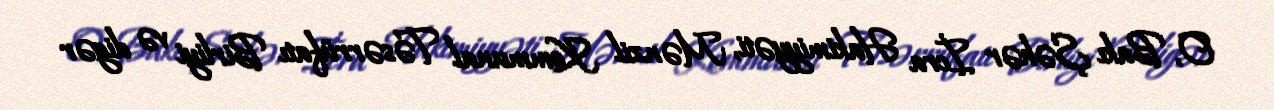
O, Bakı Şəhər İcra Hakimiyyəti, Mənzil Kommunal Təsərrüfatı Birliyi və digər